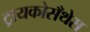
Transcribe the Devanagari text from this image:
ट्रायकोसँथेस